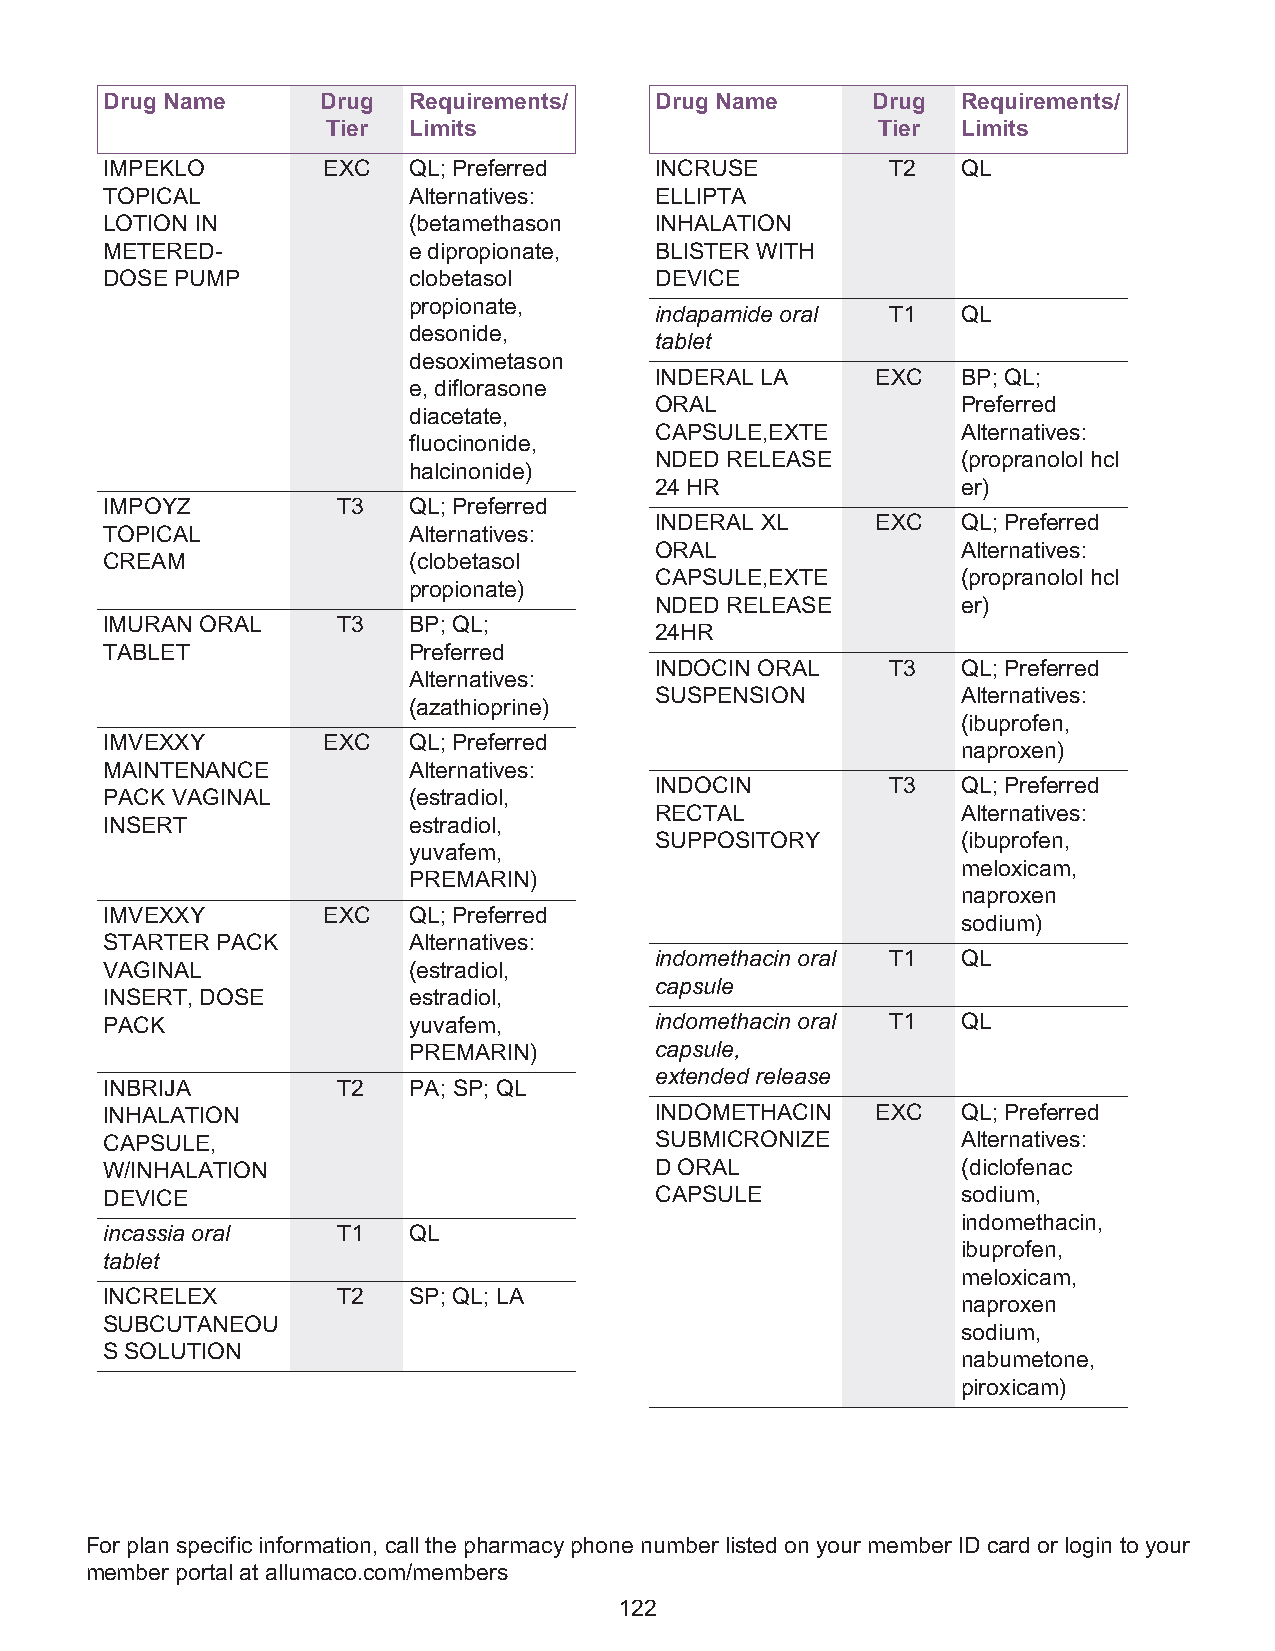
Drug Name     Drug  Requirements/   Drug Name      Drug  Requirements/
 Tier Limits                         Tier  Limits
 IMPEKLO       EXC   QL; Preferred   INCRUSE         T2   QL
 TOPICAL             Alternatives:   ELLIPTA
 LOTION IN           (betamethason   INHALATION
 METERED-            e dipropionate, BLISTER WITH
 DOSE PUMP           clobetasol      DEVICE
 propionate,
 indapamide oral T1   QL
 desonide,
 tablet
 desoximetason
 INDERAL LA     EXC   BP; QL;
 e, diflorasone
 ORAL                 Preferred
 diacetate,
 CAPSULE,EXTE         Alternatives:
 fluocinonide,
 NDED RELEASE         (propranolol hcl
 halcinonide)
 24 HR                er)
 IMPOYZ         T3   QL; Preferred
 INDERAL XL     EXC   QL; Preferred
 TOPICAL             Alternatives:
 ORAL                 Alternatives:
 CREAM               (clobetasol
 CAPSULE,EXTE         (propranolol hcl
 propionate)
 NDED RELEASE         er)
 IMURAN ORAL    T3   BP; QL;
 24HR
 TABLET              Preferred
 INDOCIN ORAL    T3   QL; Preferred
 Alternatives:
 SUSPENSION           Alternatives:
 (azathioprine)
 (ibuprofen,
 IMVEXXY       EXC   QL; Preferred
 naproxen)
 MAINTENANCE         Alternatives:
 INDOCIN         T3   QL; Preferred
 PACK VAGINAL        (estradiol,
 RECTAL               Alternatives:
 INSERT              estradiol,
 SUPPOSITORY          (ibuprofen,
 yuvafem,
 meloxicam,
 PREMARIN)
 naproxen
 IMVEXXY       EXC   QL; Preferred
 sodium)
 STARTER PACK        Alternatives:
 indomethacin oral T1 QL
 VAGINAL             (estradiol,
 capsule
 INSERT, DOSE        estradiol,
 PACK                yuvafem,        indomethacin oral T1 QL
 PREMARIN)       capsule,
 extended release
 INBRIJA        T2   PA; SP; QL
 INHALATION                          INDOMETHACIN   EXC   QL; Preferred
 CAPSULE,                            SUBMICRONIZE         Alternatives:
 W/INHALATION                        D ORAL               (diclofenac
 DEVICE                              CAPSULE              sodium,
 indomethacin,
 incassia oral  T1   QL
 ibuprofen,
 tablet
 meloxicam,
 INCRELEX       T2   SP; QL; LA
 naproxen
 SUBCUTANEOU
 sodium,
 S SOLUTION
 nabumetone,
 piroxicam)
 For plan specific information, call the pharmacy phone number listed on your member ID card or login to your
 member portal at allumaco.com/members
 122